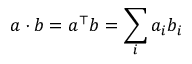
\boldsymbol { a } \cdot \boldsymbol { b } = \boldsymbol { a } ^ { \top } \boldsymbol { b } = \sum _ { i } a _ { i } b _ { i }